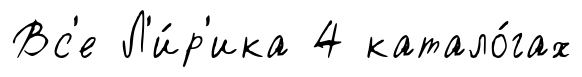
Вс'е Л'и́р'ика 4 катало́гах